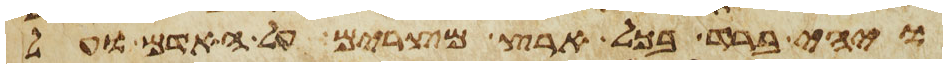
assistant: ויהי ברד בכל ארץ מצרים על האדם ועל